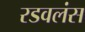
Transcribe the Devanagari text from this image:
रडवलंस